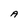
Character: A